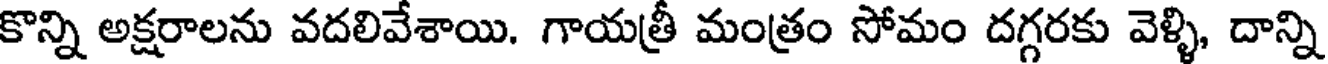
కొన్ని అక్షరాలను వదలివేశాయి. గాయత్రీ మంత్రం సోమం దగ్గరకు వెళ్ళి, దాన్ని